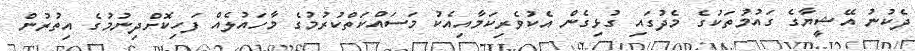
ދެކުނު އޭޝީޔާގެ ގައުމުތަކުގެ މެދުގައި ގުޅިގެން އެކުވެރިކަމާއިއެކު މަސައްކަތްކުރުމުގެ މާހައުލެއް ފަހިކޮށްދިނުމުގެ އިތުރުން